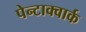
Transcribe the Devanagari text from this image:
पेन्टाक्वार्क